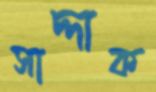
সাদ্দাক